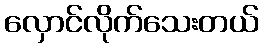
လှောင်လိုက်သေးတယ်